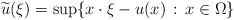
\begin{align*}\widetilde u (\xi) = \sup \{x\cdot \xi-u(x)\,:\, x\in\Omega\} \end{align*}